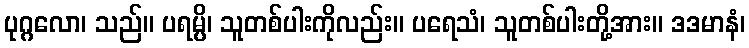
ပုဂ္ဂလော၊ သည်။ ပရမ္ပိ၊ သူတစ်ပါးကိုလည်း။ ပရေသံ၊ သူတစ်ပါးတို့အား။ ဒဒမာနံ၊